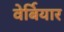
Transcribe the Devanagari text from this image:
वेर्बियार